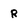
Character: r